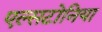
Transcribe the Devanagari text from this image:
एल्सटोनिया